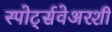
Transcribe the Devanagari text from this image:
स्पोर्ट्सवेअरशी